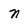
Character: n